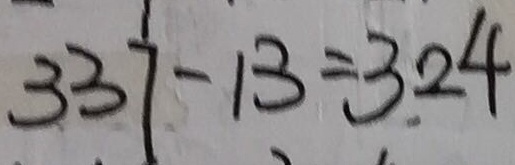
3 3 7 - 1 3 = 3 2 4